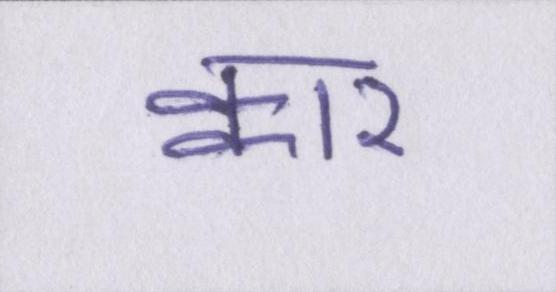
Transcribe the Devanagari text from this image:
क्वार